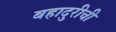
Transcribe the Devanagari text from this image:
बहादुरीची